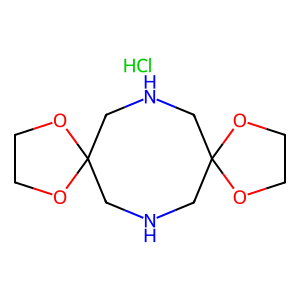
SMILES: C1COC2(CNCC3(CNC2)OCCO3)O1.Cl
Inhibits HIV replication: No